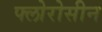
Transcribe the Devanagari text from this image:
फ्लोरोसीन